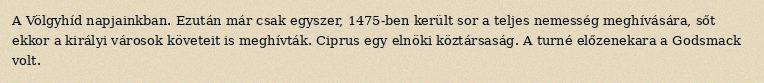
A Völgyhíd napjainkban. Ezután már csak egyszer, 1475-ben került sor a teljes nemesség meghívására, sőt ekkor a királyi városok követeit is meghívták. Ciprus egy elnöki köztársaság. A turné előzenekara a Godsmack volt.